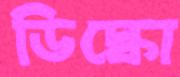
ডিস্কো